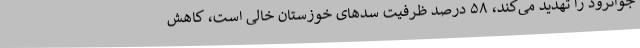
جوانرود را تهدید می‌کند، ۵۸ درصد ظرفیت سدهای خوزستان خالی است، کاهش